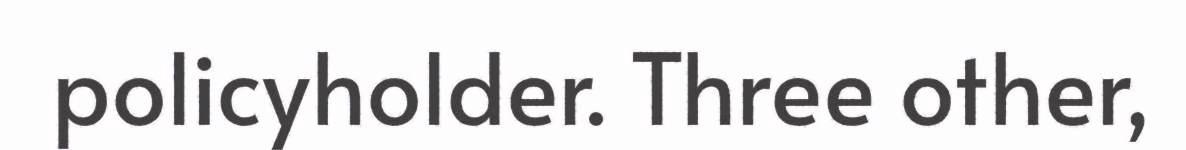
policyholder. Three other,